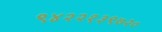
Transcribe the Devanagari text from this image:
९४२२१३९७२०